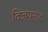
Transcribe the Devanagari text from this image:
विजयनाद